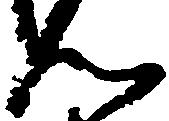
ん